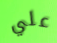
علي